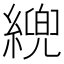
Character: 𦄓